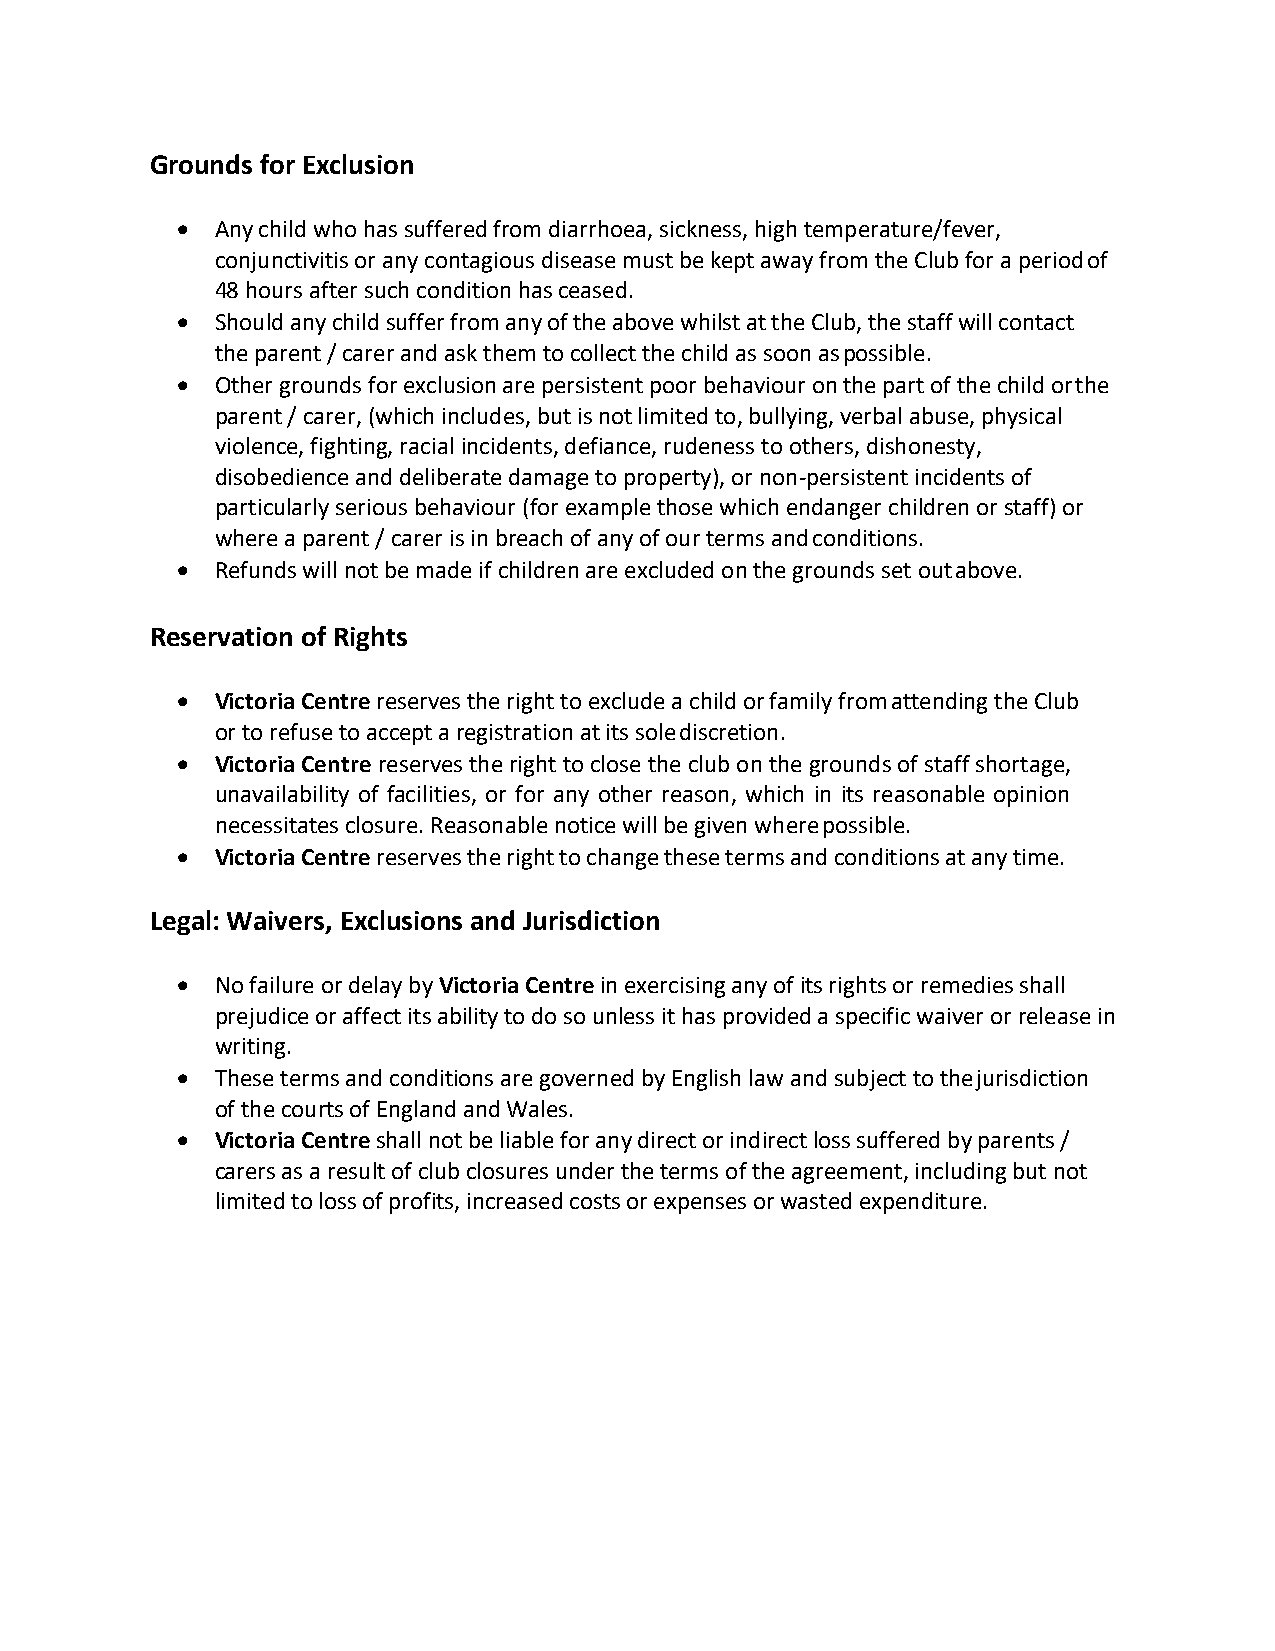
Grounds for Exclusion
  Any child who has suffered from diarrhoea, sickness, high temperature/fever,
 conjunctivitis or any contagious disease must be kept away from the Club for a period of
 48 hours after such condition has ceased.
  Should any child suffer from any of the above whilst at the Club, the staff will contact
 the parent / carer and ask them to collect the child as soon as possible.
  Other grounds for exclusion are persistent poor behaviour on the part of the child or the
 parent / carer, (which includes, but is not limited to, bullying, verbal abuse, physical
 violence, fighting, racial incidents, defiance, rudeness to others, dishonesty,
 disobedience and deliberate damage to property), or non-persistent incidents of
 particularly serious behaviour (for example those which endanger children or staff) or
 where a parent / carer is in breach of any of our terms and conditions.
  Refunds will not be made if children are excluded on the grounds set out above.
 Reservation of Rights
  Victoria Centre reserves the right to exclude a child or family from attending the Club
 or to refuse to accept a registration at its sole discretion.
  Victoria Centre reserves the right to close the club on the grounds of staff shortage,
 unavailability of facilities, or for any other reason, which in its reasonable opinion
 necessitates closure. Reasonable notice will be given where possible.
  Victoria Centre reserves the right to change these terms and conditions at any time.
 Legal: Waivers, Exclusions and Jurisdiction
  No failure or delay by Victoria Centre in exercising any of its rights or remedies shall
 prejudice or affect its ability to do so unless it has provided a specific waiver or release in
 writing.
  These terms and conditions are governed by English law and subject to the jurisdiction
 of the courts of England and Wales.
  Victoria Centre shall not be liable for any direct or indirect loss suffered by parents /
 carers as a result of club closures under the terms of the agreement, including but not
 limited to loss of profits, increased costs or expenses or wasted expenditure.